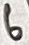
Text: 6